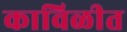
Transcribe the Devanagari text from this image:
काविळीत